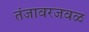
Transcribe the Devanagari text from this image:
तंजावरजवळ